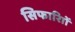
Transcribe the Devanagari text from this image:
सिफारिाों